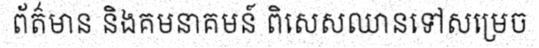
ព័ត៌មាន និងគមនាគមន៍ ពិសេសឈានទៅសម្រេច